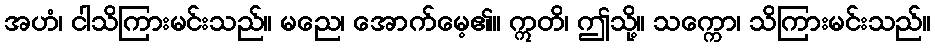
အဟံ၊ ငါသိကြားမင်းသည်။ မညေ၊ အောက်မေ့၏။ ဣတိ၊ ဤသို့။ သက္ကော၊ သိကြားမင်းသည်။